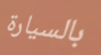
بالسيارة